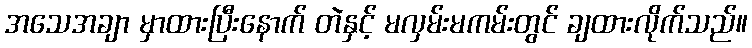
အသေအချာ မှာထားပြီးနောက် တဲနှင့် မလှမ်းမကမ်းတွင် ချထားလိုက်သည်။